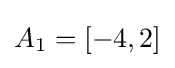
A_{1}=[-4,2]